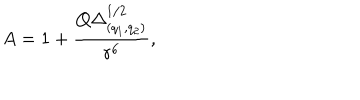
A = 1 + { \frac { Q \Delta _ { ( q _ { 1 } , q _ { 2 } ) } ^ { 1 / 2 } } { r ^ { 6 } } } ,